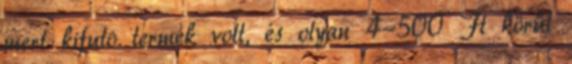
mert kifutó termék volt, és olyan 4-500 Ft körül